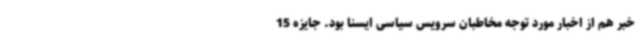
خبر هم از اخبار مورد توجه مخاطبان سرویس سیاسی ایسنا بود. جایزه 15